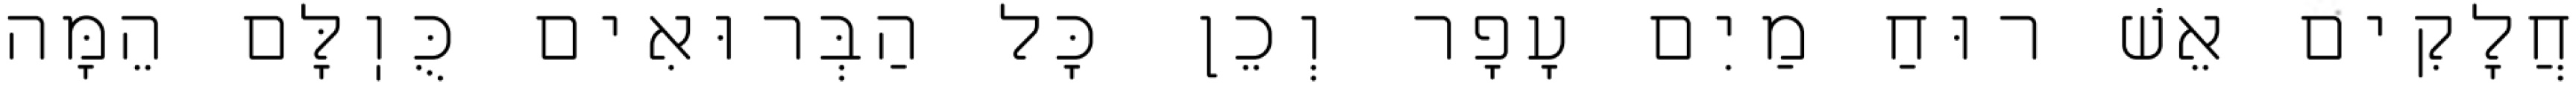
חֲלָקִים אֵשׁ רוּחַ מַיִם עָפָר וְכֵן כׇּל הַבְּרוּאִים כֻּוֽלָּם הֵמָּה